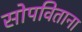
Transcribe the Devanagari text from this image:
सोपविताना